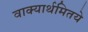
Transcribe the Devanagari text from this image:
वाक्यार्थमितये